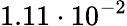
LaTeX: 1.11\cdot 10^{-2}